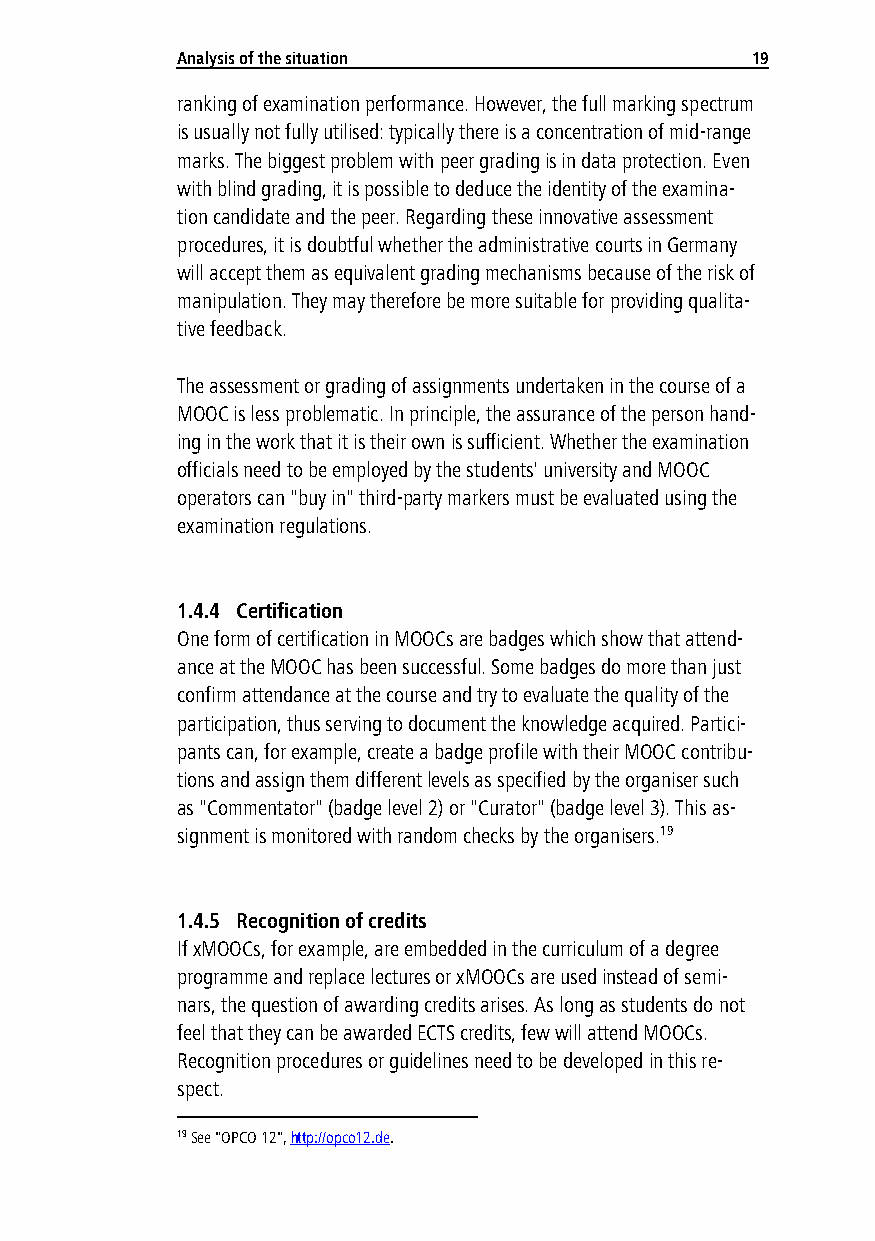
Analy sis of the situation            19
 ranking of examination performance. However, the full marking spectrum
 is usually not fully utilised: typically there is a concentration of mid-range
 marks. The biggest problem with peer grading is in data protection. Even
 with blind grading, it is possible to deduce the identity of the examina-
 tion candidate and the peer. Regarding these innovative assessment
 procedures, it is doubtful whether the administrative courts in Germany
 will accept them as equivalent grading mechanisms because of the risk of
 manipulation. They may therefore be more suitable for providing qualita-
 tive feedback.
 The assessment or grading of assignments undertaken in the course of a
 MOOC is less problematic. In principle, the assurance of the person hand-
 ing in the work that it is their own is sufficient. Whether the examination
 officials need to be employed by the students' university and MOOC
 operators can "buy in" third-party markers must be evaluated using the
 examination regulations.
 1.4.4 Certification
 One form of certification in MOOCs are badges which show that attend-
 ance at the MOOC has been successful. Some badges do more than just
 confirm attendance at the course and try to evaluate the quality of the
 participation, thus serving to document the knowledge acquired. Partici-
 pants can, for example, create a badge profile with their MOOC contribu-
 tions and assign them different levels as specified by the organiser such
 as "Commentator" (badge level 2) or "Curator" (badge level 3). This as-
 signment is monitored with random checks by the organisers.19
 1.4.5 Recognition of credits
 If xMOOCs, for example, are embedded in the curriculum of a degree
 programme and replace lectures or xMOOCs are used instead of semi-
 nars, the question of awarding credits arises. As long as students do not
 feel that they can be awarded ECTS credits, few will attend MOOCs.
 Recognition procedures or guidelines need to be developed in this re-
 spect.
 19 See "OPCO 12", http://opco12.de.